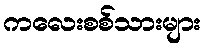
ကလေးစစ်သားများ